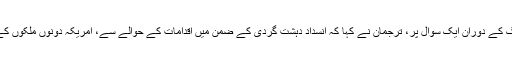
منگل کے روز اخباری بریفنگ کے دوران ایک سوال پر، ترجمان نے کہا کہ انسداد دہشت گردی کے ضمن میں اقدامات کے حوالے سے، امریکہ دونوں ملکوں کے ساتھ مل کر کام کر رہا ہے۔